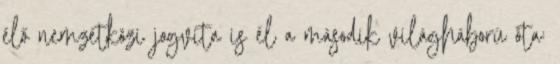
élő nemzetközi jogvita is él a második világháború óta: